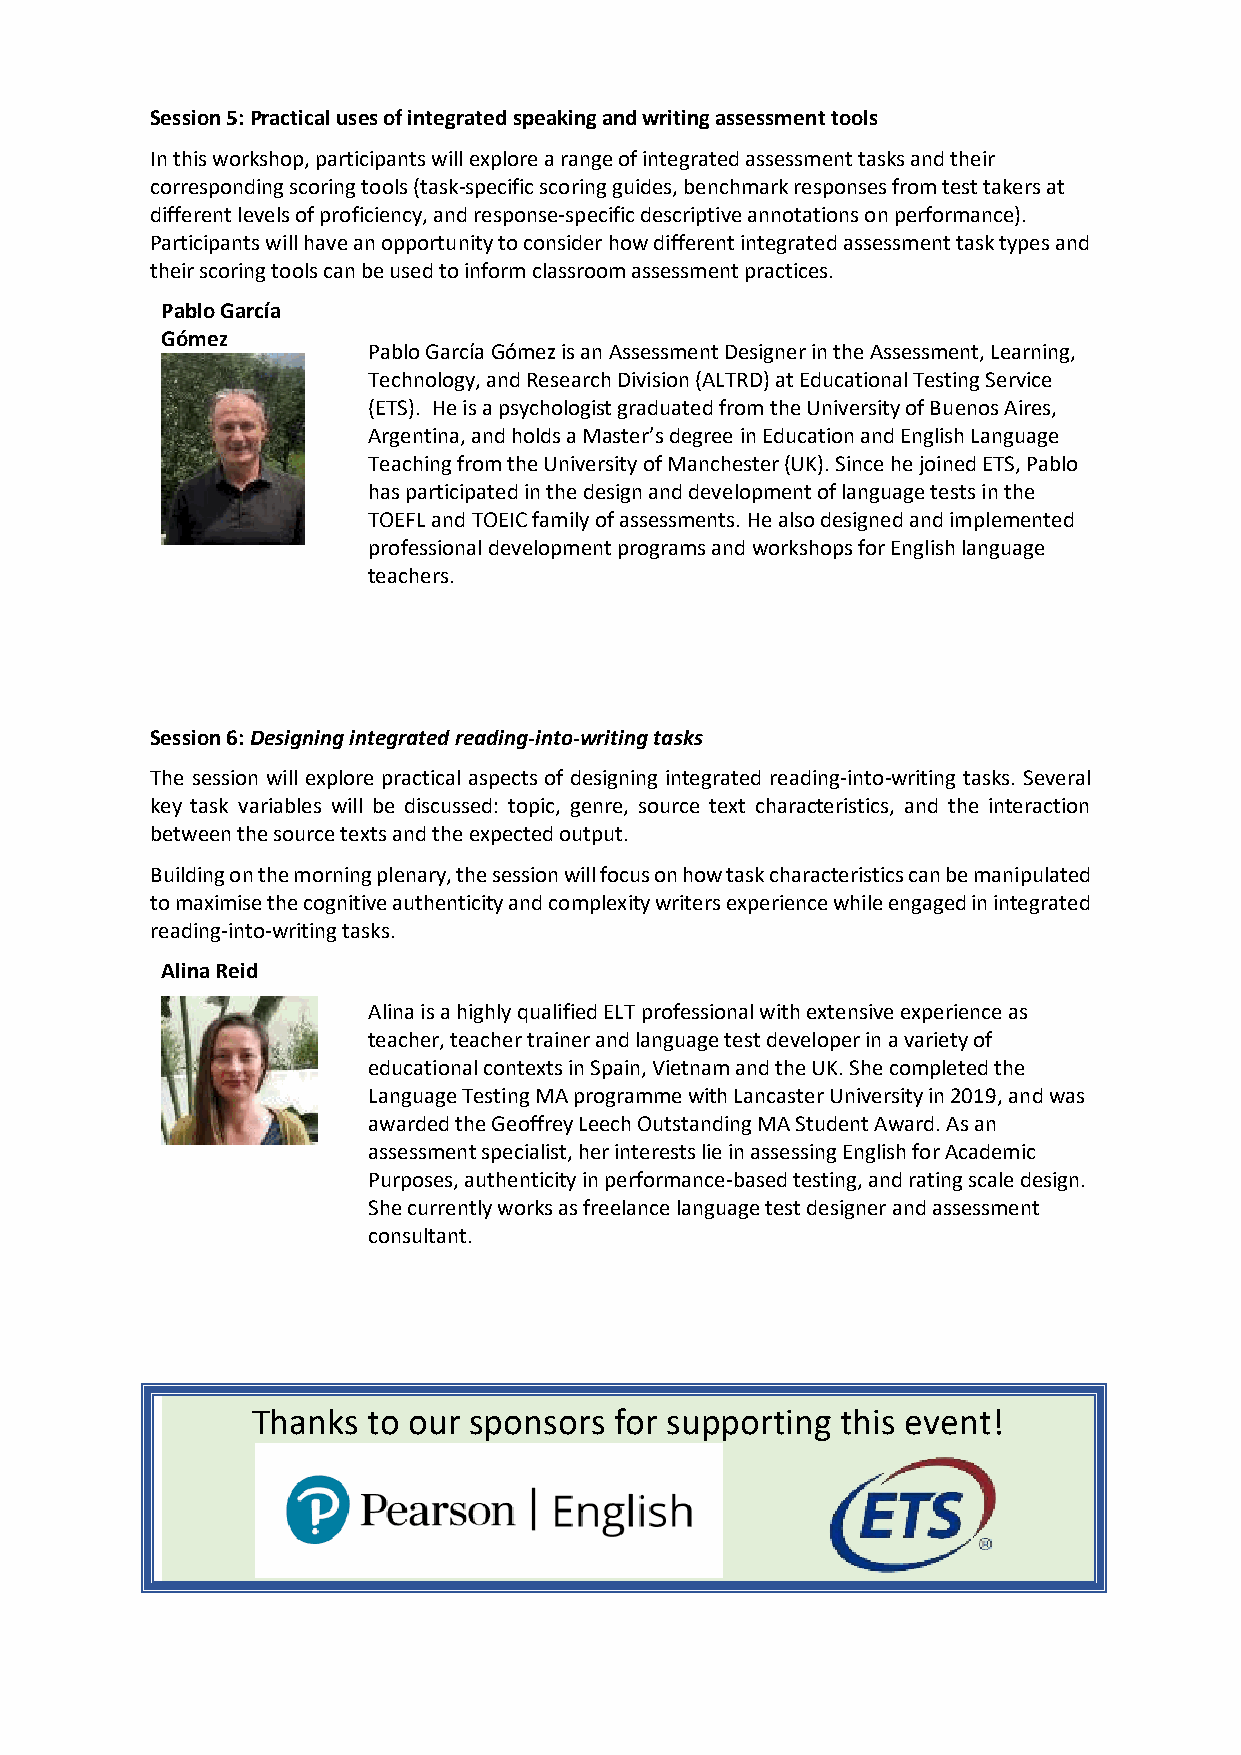
Session 5: Practical uses of integrated speaking and writing assessment tools
 In this workshop, participants will explore a range of integrated assessment tasks and their
 corresponding scoring tools (task-specific scoring guides, benchmark responses from test takers at
 different levels of proficiency, and response-specific descriptive annotations on performance).
 Participants will have an opportunity to consider how different integrated assessment task types and
 their scoring tools can be used to inform classroom assessment practices.
 Pablo García
 Gómez
 Pablo García Gómez is an Assessment Designer in the Assessment, Learning,
 Technology, and Research Division (ALTRD) at Educational Testing Service
 (ETS). He is a psychologist graduated from the University of Buenos Aires,
 Argentina, and holds a Master’s degree in Education and English Language
 Teaching from the University of Manchester (UK). Since he joined ETS, Pablo
 has participated in the design and development of language tests in the
 TOEFL and TOEIC family of assessments. He also designed and implemented
 professional development programs and workshops for English language
 teachers.
 Session 6: Designing integrated reading-into-writing tasks
 The session will explore practical aspects of designing integrated reading-into-writing tasks. Several
 key task variables will be discussed: topic, genre, source text characteristics, and the interaction
 between the source texts and the expected output.
 Building on the morning plenary, the session will focus on how task characteristics can be manipulated
 to maximise the cognitive authenticity and complexity writers experience while engaged in integrated
 reading-into-writing tasks.
 Alina Reid
 Alina is a highly qualified ELT professional with extensive experience as
 teacher, teacher trainer and language test developer in a variety of
 educational contexts in Spain, Vietnam and the UK. She completed the
 Language Testing MA programme with Lancaster University in 2019, and was
 awarded the Geoffrey Leech Outstanding MA Student Award. As an
 assessment specialist, her interests lie in assessing English for Academic
 Purposes, authenticity in performance-based testing, and rating scale design.
 She currently works as freelance language test designer and assessment
 consultant.
 Thanks to our sponsors  for supporting this event!